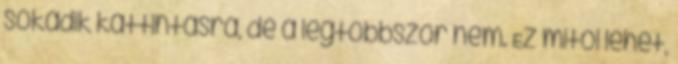
sokadik kattintásra, de a legtöbbször nem. Ez mitől lehet,